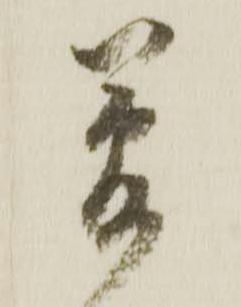
夢